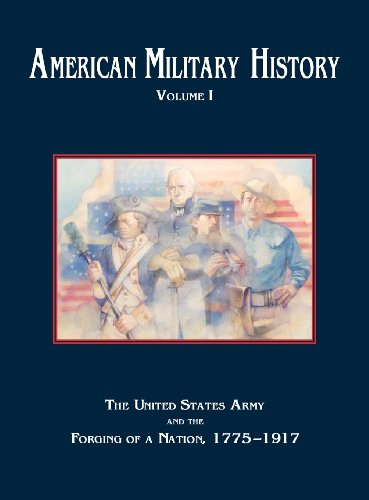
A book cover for American Military History, Volume 1: The United States Army and the Forging of a Nation, 1775-1917; Center of Military History; History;